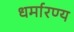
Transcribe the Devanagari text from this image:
धर्मारण्य